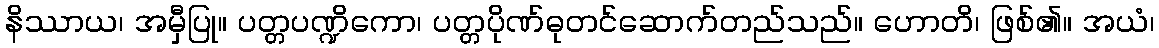
နိဿာယ၊ အမှီပြု။ ပတ္တပဏ္ဍိကော၊ ပတ္တပိုဏ်ဓုတင်ဆောက်တည်သည်။ ဟောတိ၊ ဖြစ်၏။ အယံ၊